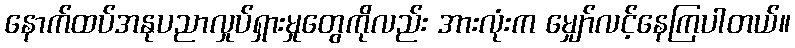
နောက်ထပ်အနုပညာလှုပ်ရှားမှုတွေကိုလည်း အားလုံးက မျှော်လင့်နေကြပါတယ်။